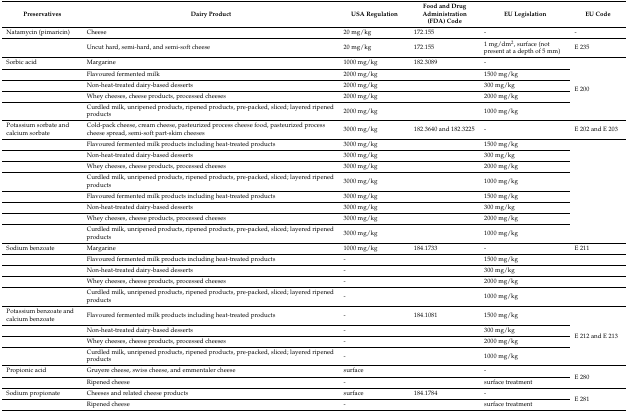
<table><thead><tr><td><b>Preservatives</b></td><td><b>Dairy Product</b></td><td><b>USA Regulation</b></td><td><b>Food and Drug Administration (FDA) Code</b></td><td><b>EU Legislation</b></td><td><b>EU Code</b></td></tr></thead><tbody><tr><td>Natamycin (pimaricin)</td><td>Cheese</td><td>20 mg/kg</td><td>172.155</td><td>-</td><td>-</td></tr><tr><td></td><td>Uncut hard, semi-hard, and semi-soft cheese</td><td>20 mg/kg</td><td>172.155</td><td>1 mg/dm<sup>2</sup>, surface (not present at a depth of 5 mm)</td><td>E 235</td></tr><tr><td>Sorbic acid</td><td>Margarine</td><td>1000 mg/kg</td><td>182.3089</td><td>-</td><td rowspan="5">E 200</td></tr><tr><td></td><td>Flavoured fermented milk </td><td>2000 mg/kg</td><td></td><td>1500 mg/kg</td></tr><tr><td></td><td>Non-heat-treated dairy-based desserts</td><td>2000 mg/kg</td><td></td><td>300 mg/kg</td></tr><tr><td></td><td>Whey cheeses, cheese products, processed cheeses</td><td>2000 mg/kg</td><td></td><td>2000 mg/kg</td></tr><tr><td></td><td>Curdled milk, unripened products, ripened products, pre-packed, sliced; layered ripened products</td><td>2000 mg/kg</td><td></td><td>1000 mg/kg</td></tr><tr><td>Potassium sorbate and calcium sorbate</td><td>Cold-pack cheese, cream cheese, pasteurized process cheese food, pasteurized process cheese spread, semi-soft part-skim cheeses</td><td>3000 mg/kg</td><td>182.3640 and 182.3225</td><td>-</td><td>E 202 and E 203</td></tr><tr><td></td><td>Flavoured fermented milk products including heat-treated products</td><td>3000 mg/kg</td><td></td><td>1500 mg/kg</td><td rowspan="8"></td></tr><tr><td></td><td>Non-heat-treated dairy-based desserts</td><td>3000 mg/kg</td><td></td><td>300 mg/kg</td></tr><tr><td></td><td>Whey cheeses, cheese products, processed cheeses</td><td>3000 mg/kg</td><td></td><td>2000 mg/kg</td></tr><tr><td></td><td>Curdled milk, unripened products, ripened products, pre-packed, sliced; layered ripened products</td><td>3000 mg/kg</td><td></td><td>1000 mg/kg</td></tr><tr><td></td><td>Flavoured fermented milk products including heat-treated products</td><td>3000 mg/kg</td><td></td><td>1500 mg/kg</td></tr><tr><td></td><td>Non-heat-treated dairy-based desserts</td><td>3000 mg/kg</td><td></td><td>300 mg/kg</td></tr><tr><td></td><td>Whey cheeses, cheese products, processed cheeses</td><td>3000 mg/kg</td><td></td><td>2000 mg/kg</td></tr><tr><td></td><td>Curdled milk, unripened products, ripened products, pre-packed, sliced; layered ripened products</td><td>3000 mg/kg</td><td></td><td>1000 mg/kg</td></tr><tr><td>Sodium benzoate</td><td>Margarine</td><td>1000 mg/kg</td><td>184.1733</td><td>-</td><td>E 211</td></tr><tr><td></td><td>Flavoured fermented milk products including heat-treated products</td><td>-</td><td></td><td>1500 mg/kg</td><td></td></tr><tr><td></td><td>Non-heat-treated dairy-based desserts</td><td>-</td><td></td><td>300 mg/kg</td><td></td></tr><tr><td></td><td>Whey cheeses, cheese products, processed cheeses</td><td>-</td><td></td><td>2000 mg/kg</td><td></td></tr><tr><td></td><td>Curdled milk, unripened products, ripened products, pre-packed, sliced; layered ripened products</td><td>-</td><td></td><td>1000 mg/kg</td><td></td></tr><tr><td>Potassium benzoate and calcium benzoate</td><td>Flavoured fermented milk products including heat-treated products</td><td>-</td><td>184.1081</td><td>1500 mg/kg</td><td rowspan="4">E 212 and E 213</td></tr><tr><td></td><td>Non-heat-treated dairy-based desserts</td><td>-</td><td></td><td>300 mg/kg</td></tr><tr><td></td><td>Whey cheeses, cheese products, processed cheeses</td><td>-</td><td></td><td>2000 mg/kg</td></tr><tr><td></td><td>Curdled milk, unripened products, ripened products, pre-packed, sliced; layered ripened products</td><td>-</td><td></td><td>1000 mg/kg</td></tr><tr><td>Propionic acid</td><td>Gruyere cheese, swiss cheese, and emmentaler cheese</td><td>surface</td><td></td><td>-</td><td rowspan="2">E 280</td></tr><tr><td></td><td>Ripened cheese</td><td>-</td><td></td><td>surface treatment</td></tr><tr><td>Sodium propionate</td><td>Cheeses and related cheese products</td><td>surface</td><td>184.1784</td><td>-</td><td rowspan="2">E 281</td></tr><tr><td></td><td>Ripened cheese</td><td>-</td><td></td><td>surface treatment</td></tr></tbody></table>